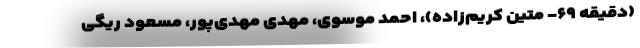
(دقیقه ۶۹- متین کریم‌زاده)، احمد موسوی، مهدی مهدی‌پور، مسعود ریگی